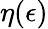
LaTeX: \eta(\epsilon)